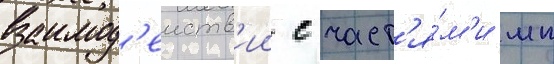
взаимод'еиств'ии с част'я́м'и мп